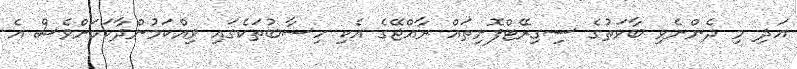
އަދި މި ދެންނެވި ބާވަތުގެ ސިގިރޭޓްފޮށިތައް ރާއްޖޭގެ އެކި ހިސާބުތަކެގައި ވިއްކަމުންދާކަމަށްވެސް އެ